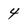
Character: 4